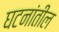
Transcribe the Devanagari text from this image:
घटनांतील